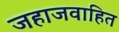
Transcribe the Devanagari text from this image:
जहाजवाहित